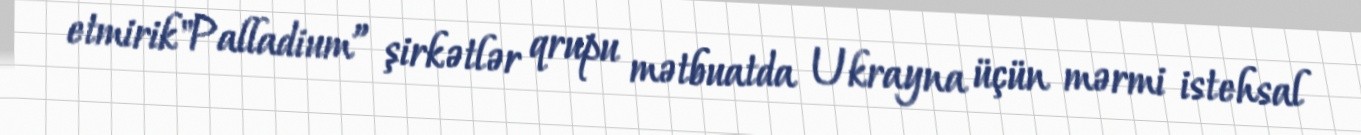
etmirik"Palladium” şirkətlər qrupu mətbuatda Ukrayna üçün mərmi istehsal